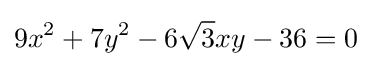
9x^{2}+7y^{2}-6{\sqrt {3}}xy-36=0\